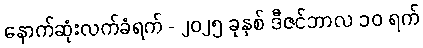
နောက်ဆုံးလက်ခံရက် - ၂၀၂၅ ခုနှစ် ဒီဇင်ဘာလ ၁၀ ရက်